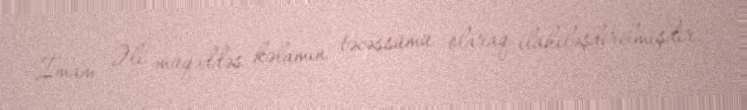
İmam Əli müqəddəs kəlamın təcəssümü olaraq ilahiləşdirilmişdir.